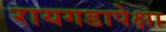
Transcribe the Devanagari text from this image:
रायगडापेक्षा